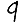
Digit: 9